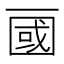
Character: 𰀖